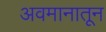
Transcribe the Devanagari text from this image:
अवमानातून